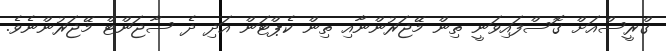
ގްރީސްއަށް ގޮސްފައިވަނީ ތިން މޭޖަރުންނާއި ތިން ކެޕްޓަން އަދި ދެ ސާޖަންޓް މޭޖަރުންނެވެ.